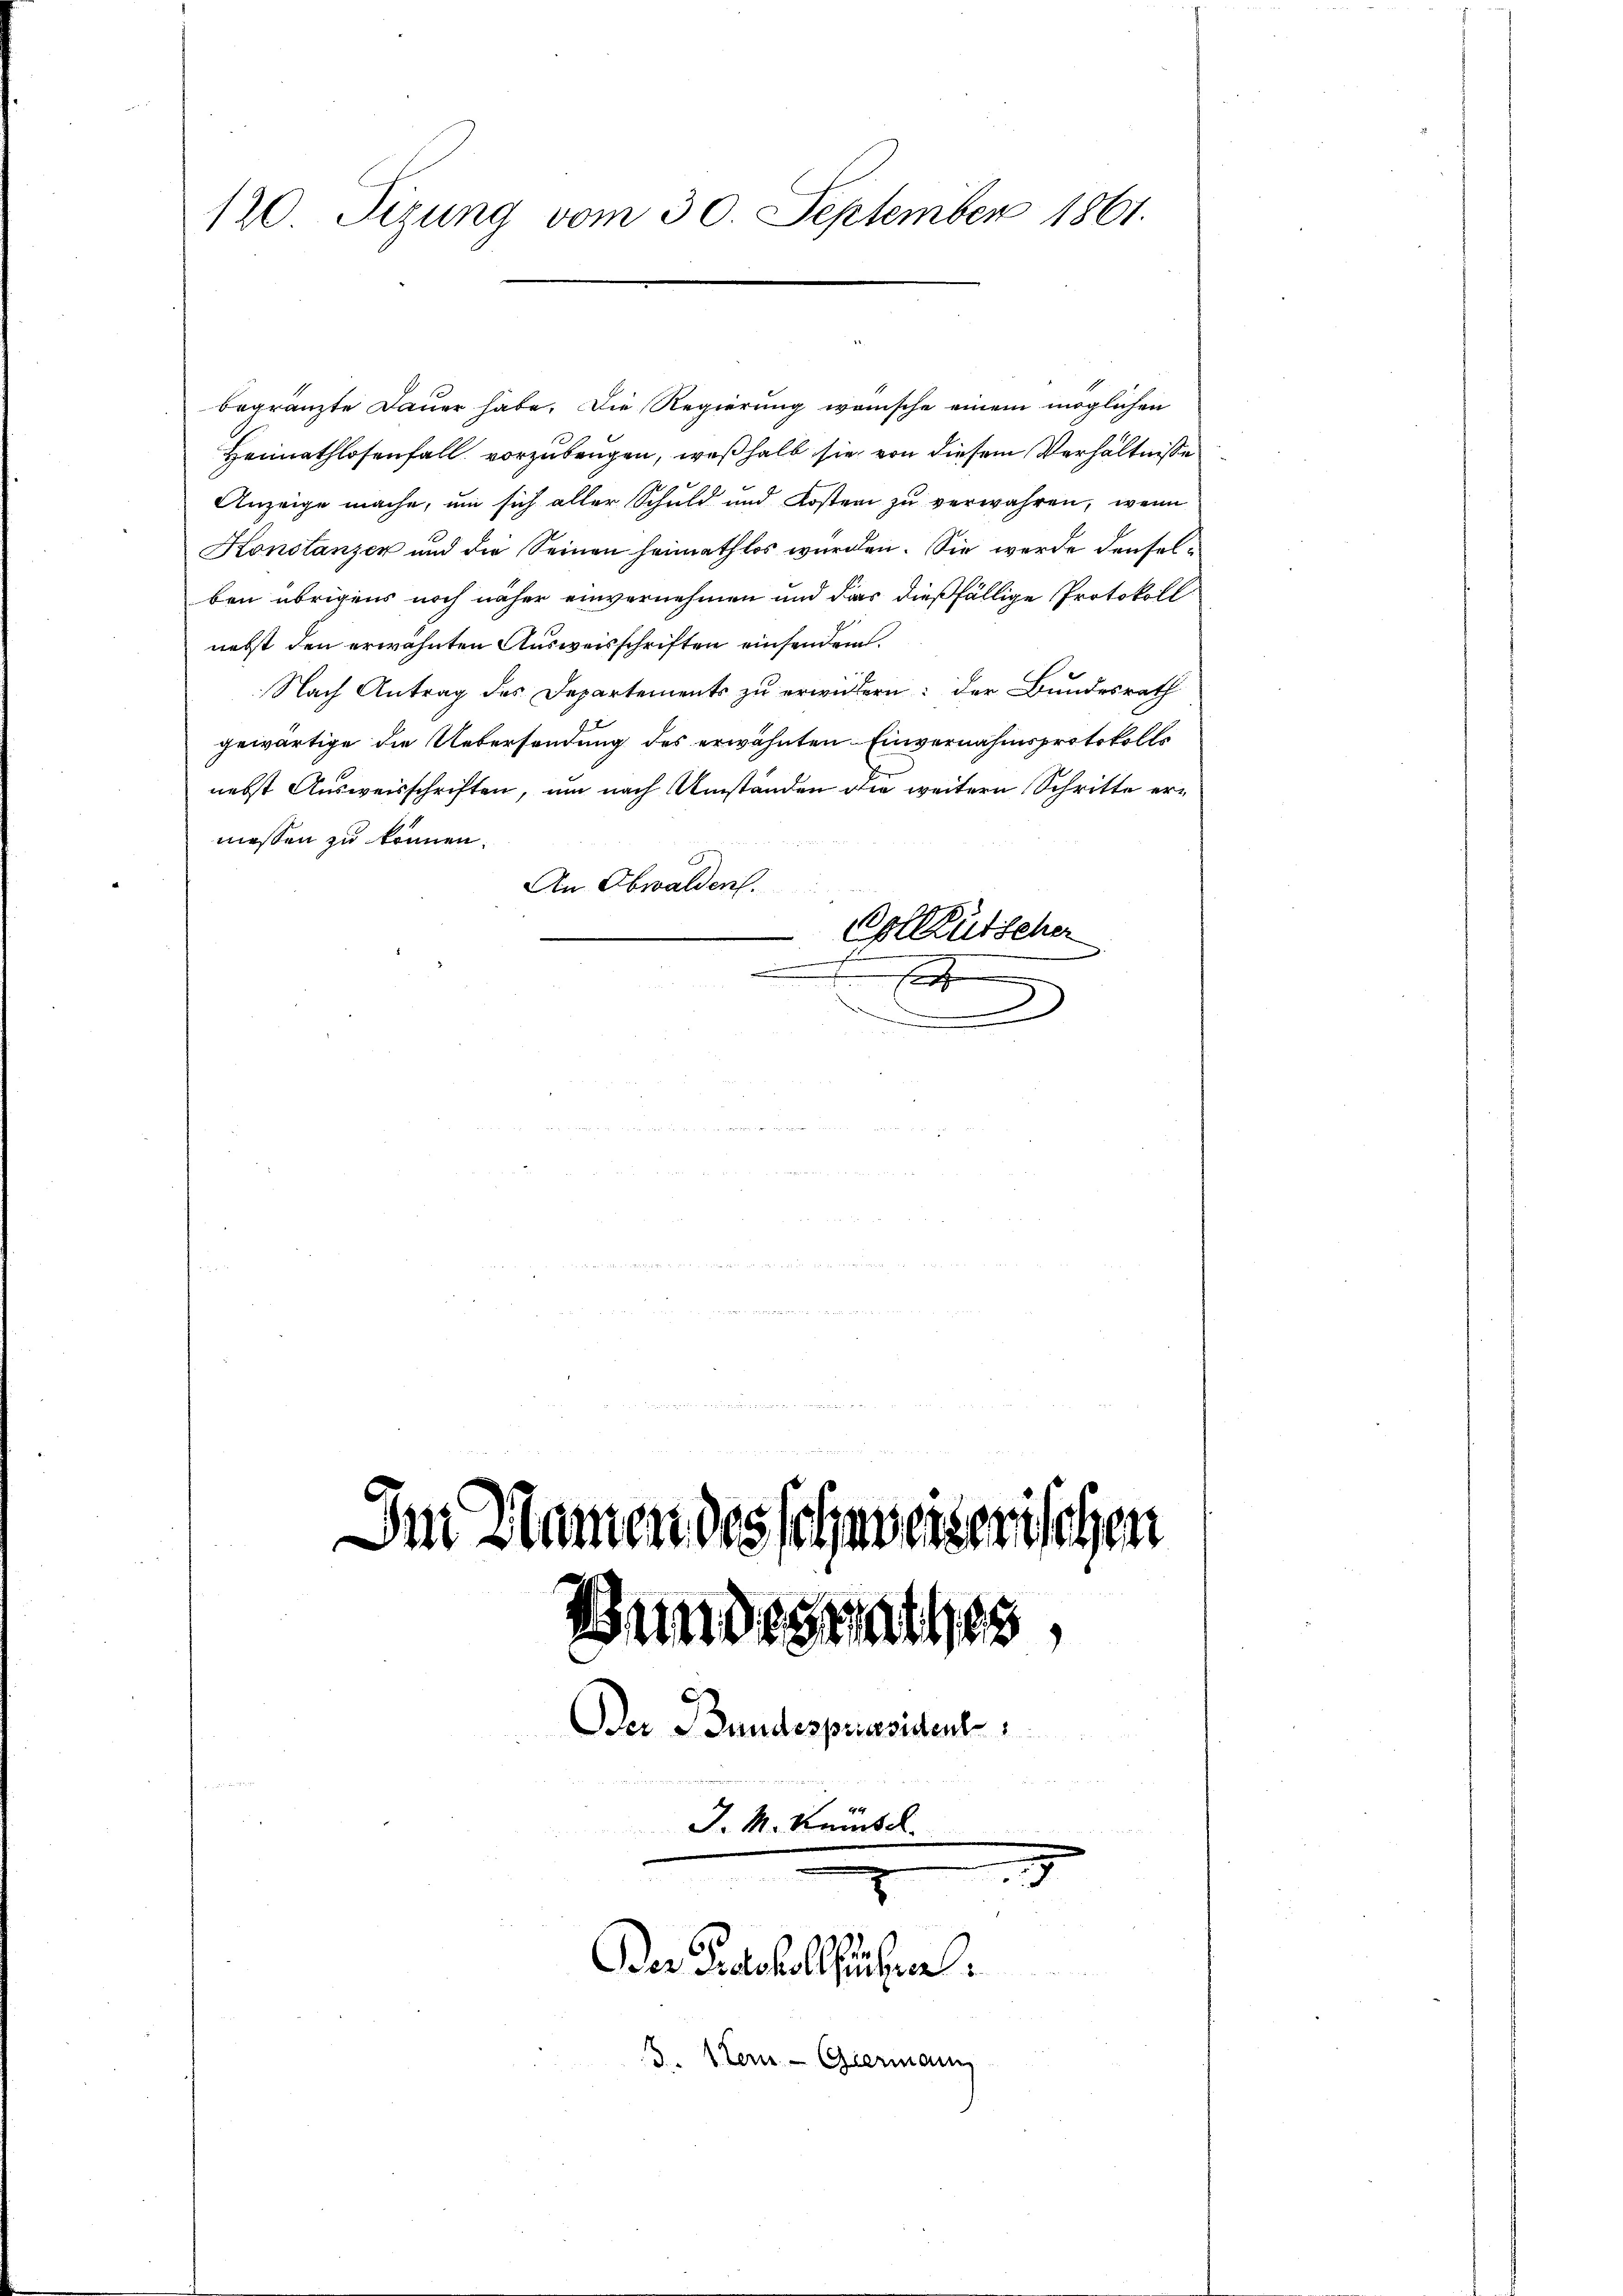
120 Tizung vom 30. September 1861.

begränzte Dauer habe. Die Regierung wünsche einem möglichen
Heimathlosenfall vorzubeugen, weßhalb sie von diesem Verhältnisse
Anzeige mache, um sich aller Schuld und Kosten zu verwahren, wenn
Konstanzen und die Seinen heimathlos wurden. Sie werde denselben übrigens noch näher einvernehmen und das dießfällige Protokoll
nebst den erwähnten Ausweisschriften einsenden
Nach Antrag des Departements zu erwidern: der Bundesrath
gewärtige die Uebersendung des erwähnten Einvernahmsprotokolls
nebst Ausweisschriften, um nach Umständen die weitern Schritte ermessen zu können.
An Obwalden.
Golktütscher
e
d

Im Namen des schinweiserischen
Bundesrathes,
Der Bundespriesident
J. M. Keisel
n
Der Protokollführen.
3 Item Germann